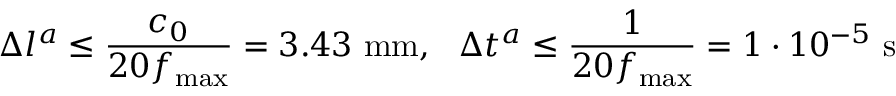
\Delta l ^ { a } \le \frac { c _ { 0 } } { 2 0 f _ { \mathrm { m a x } } } = 3 . 4 3 ~ \mathrm { m m } , ~ ~ \Delta t ^ { a } \le \frac { 1 } { 2 0 f _ { \mathrm { m a x } } } = 1 \cdot 1 0 ^ { - 5 } ~ \mathrm { s }